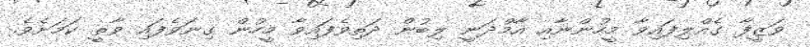
ވަޒީފާ ގެއްލިފައިވާ މީހުންނާއި އާމްދަނީ ލިބުން ދަތިވެފައިވާ މީހުން ގިނަވެފައި ވާތީ ކަމަށެވެ.